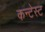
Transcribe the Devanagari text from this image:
कन्टेस्ट